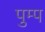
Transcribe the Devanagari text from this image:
पुम्प